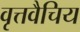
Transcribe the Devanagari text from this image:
वृत्तवैचिय